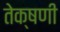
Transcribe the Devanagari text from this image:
तेक्षणी